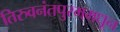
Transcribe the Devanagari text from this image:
तिरुवनंतपुरममधून